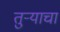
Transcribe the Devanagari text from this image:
तुऱ्याचा